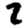
Digit: 7